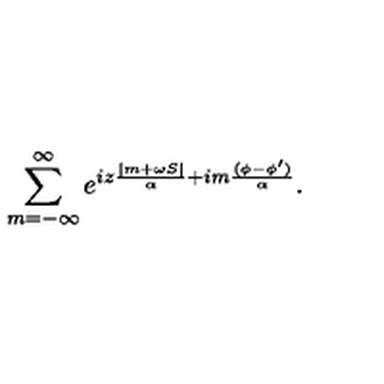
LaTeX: \sum _ { m = - \infty } ^ { \infty } e ^ { i z \frac { | m + \omega S | } \alpha + i m \frac { ( \phi - \phi ^ { \prime } ) } \alpha } .